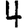
Digit: 4